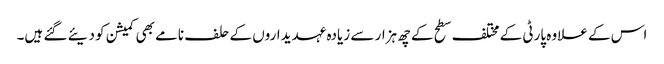
اس کے علاوہ پارٹی کے مختلف سطح کے چھ ہزار سے زیادہ عہدیداروں کے حلف نامے بھی کمیشن کو دیئے گئے ہیں۔